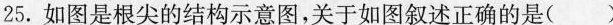
25.如图是根尖的结构示意图，关于如图叙述正确的是( )